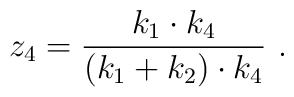
z_4 = \frac{k_1 \cdot k_4}{(k_1 + k_2)\cdot k_4}\ .